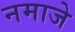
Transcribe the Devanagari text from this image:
नमाजे